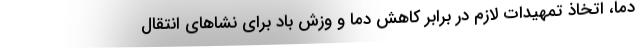
دما، اتخاذ تمهیدات لازم در برابر کاهش دما و وزش باد برای نشاهای انتقال